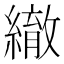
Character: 𦅄